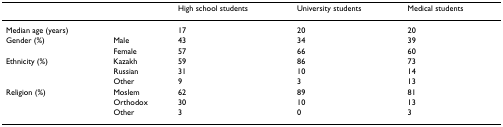
|  |  | High school students | University students | Medical students |
 | --- | --- | --- | --- | --- |
 | Median age (years) |  | 17 | 20 | 20 |
 | Gender (%) | Male | 43 | 34 | 39 |
 |  | Female | 57 | 66 | 60 |
 | Ethnicity (%) | Kazakh | 59 | 86 | 73 |
 |  | Russian | 31 | 10 | 14 |
 |  | Other | 9 | 3 | 13 |
 | Religion (%) | Moslem | 62 | 89 | 81 |
 |  | Orthodox | 30 | 10 | 13 |
 |  | Other | 3 | 0 | 3 |